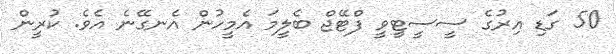
50 ގަޑި އިރުގެ ސީސީޓީވީ ފްޓޭޖް ބެލީމަ އެމީހުން އެނގޭނެ އެވެ. ކުރީން